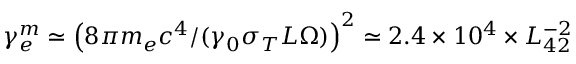
\gamma _ { e } ^ { m } \simeq \left( 8 \pi m _ { e } c ^ { 4 } / ( \gamma _ { 0 } \sigma _ { T } L \Omega ) \right) ^ { 2 } \simeq 2 . 4 \times 1 0 ^ { 4 } \times L _ { 4 2 } ^ { - 2 }